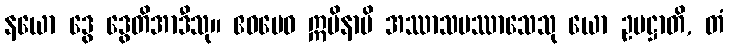
နယော ဒွေ ဒွေတိအာဒီသု။ ဧဝမေဝ ဣမိနာပိ အဿာသပဿာသေသု ယော ဥပဋ္ဌာတိ, တံ